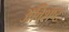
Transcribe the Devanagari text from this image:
अविशष्ट